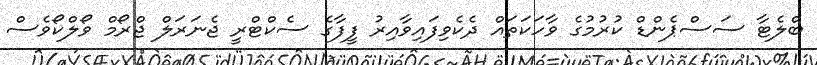
ބްލެޓާ ސަސްޕެންޑް ކުރުމުގެ ވާހަކަތައް ދެކެވިފައިވާއިރު ފީފާގެ ސެކްޓްރީ ޖެނަރަލް ޖްރޯމް ވޯލްކޯވެސް